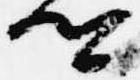
卿